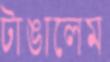
টাঙালেম